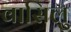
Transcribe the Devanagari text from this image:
वासिलु